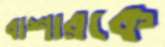
বাশারকে